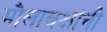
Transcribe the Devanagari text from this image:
मौलाबक्षांनी